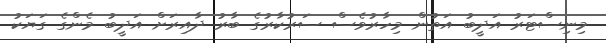
މިނިސްޓަރު އަދީބު އަތުން މިހާރުވެސް ސަރުކާރުގެ ބާރު ދާއިރަށް އަދީބު މެންގެ ގަޔަކު